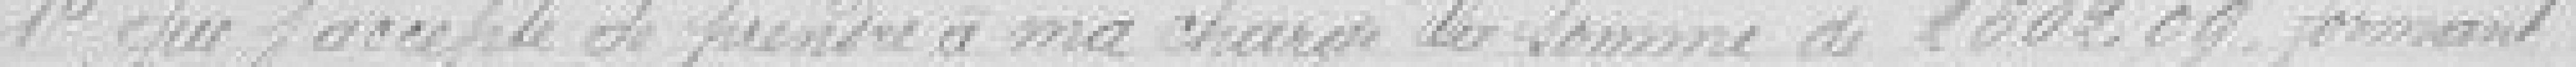
1° que j'accepte de prendre à ma charge la somme de 2602.09, formant